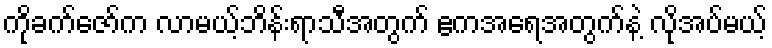
ကိုခက်ဇော်က လာမယ့်ဘိန်းရာသီအတွက် ဧကအရေအတွက်နဲ့ လိုအပ်မယ့်